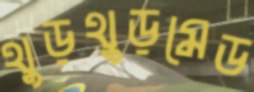
থুড়থুড়মেড